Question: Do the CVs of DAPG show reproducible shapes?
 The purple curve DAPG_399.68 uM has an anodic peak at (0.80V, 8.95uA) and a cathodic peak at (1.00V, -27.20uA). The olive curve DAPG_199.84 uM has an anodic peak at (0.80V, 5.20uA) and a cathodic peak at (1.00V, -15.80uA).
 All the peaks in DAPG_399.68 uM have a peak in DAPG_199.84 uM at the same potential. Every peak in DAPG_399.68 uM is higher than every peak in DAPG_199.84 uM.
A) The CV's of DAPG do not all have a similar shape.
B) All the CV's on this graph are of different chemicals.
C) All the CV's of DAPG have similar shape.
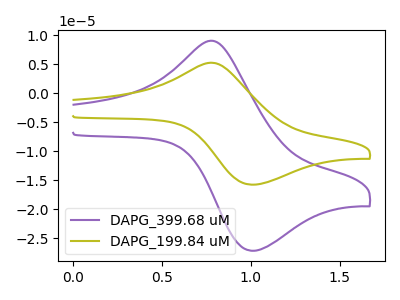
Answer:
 <answer>C) All the CV's of "DAPG" have similar shape.</answer>
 <eval>C</eval>